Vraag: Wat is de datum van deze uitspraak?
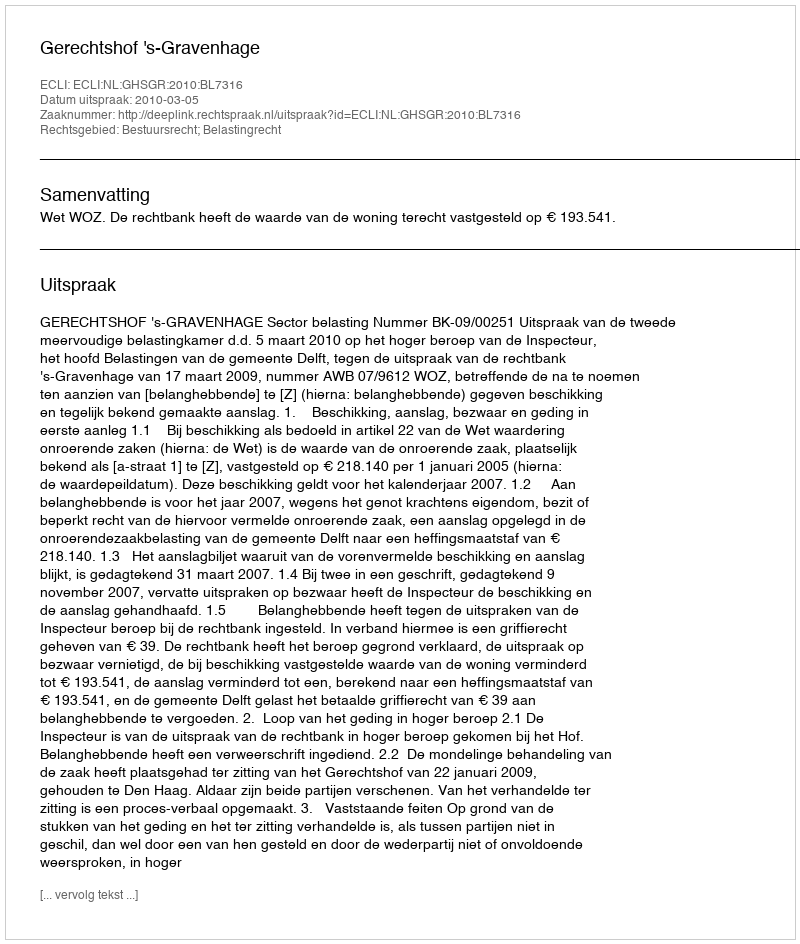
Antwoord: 2010-03-05